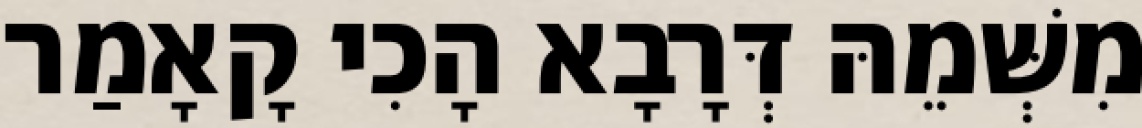
מִשְּׁמֵהּ דְּרָבָא הָכִי קָאָמַר